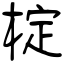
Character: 椗